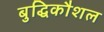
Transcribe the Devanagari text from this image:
बुद्धिकौशल